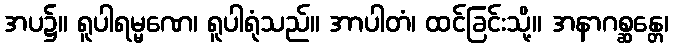
အပ၌။ ရူပါရမ္မဏေ၊ ရူပါရုံသည်။ အာပါတံ၊ ထင်ခြင်းသို့။ အနာဂစ္ဆန္တေ၊